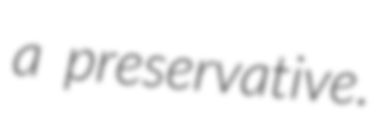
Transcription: a preservative.